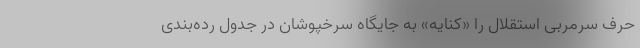
حرف سرمربی استقلال را «کنایه» به جایگاه سرخپوشان در جدول رده‌بندی